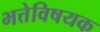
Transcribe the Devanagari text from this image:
भत्तेविषयक